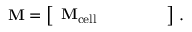
\mathbf { M } = \left[ \begin{array} { l l l l l } { \mathbf { M } _ { \mathrm { c e l l } } } & { } & { } & { } & { } \end{array} \right] \, .